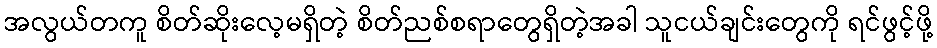
အလွယ်တကူ စိတ်ဆိုးလေ့မရှိတဲ့ စိတ်ညစ်စရာတွေရှိတဲ့အခါ သူငယ်ချင်းတွေကို ရင်ဖွင့်ဖို့